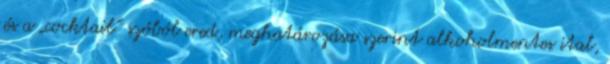
és a „cocktail” szóból ered, meghatározása szerint alkoholmentes ital,